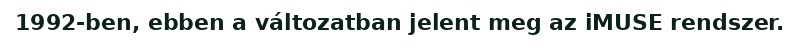
1992-ben, ebben a változatban jelent meg az iMUSE rendszer.